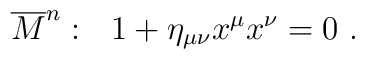
\overline{M}^n:~~1+\eta_{\mu\nu}x^\mu x^\nu=0~.